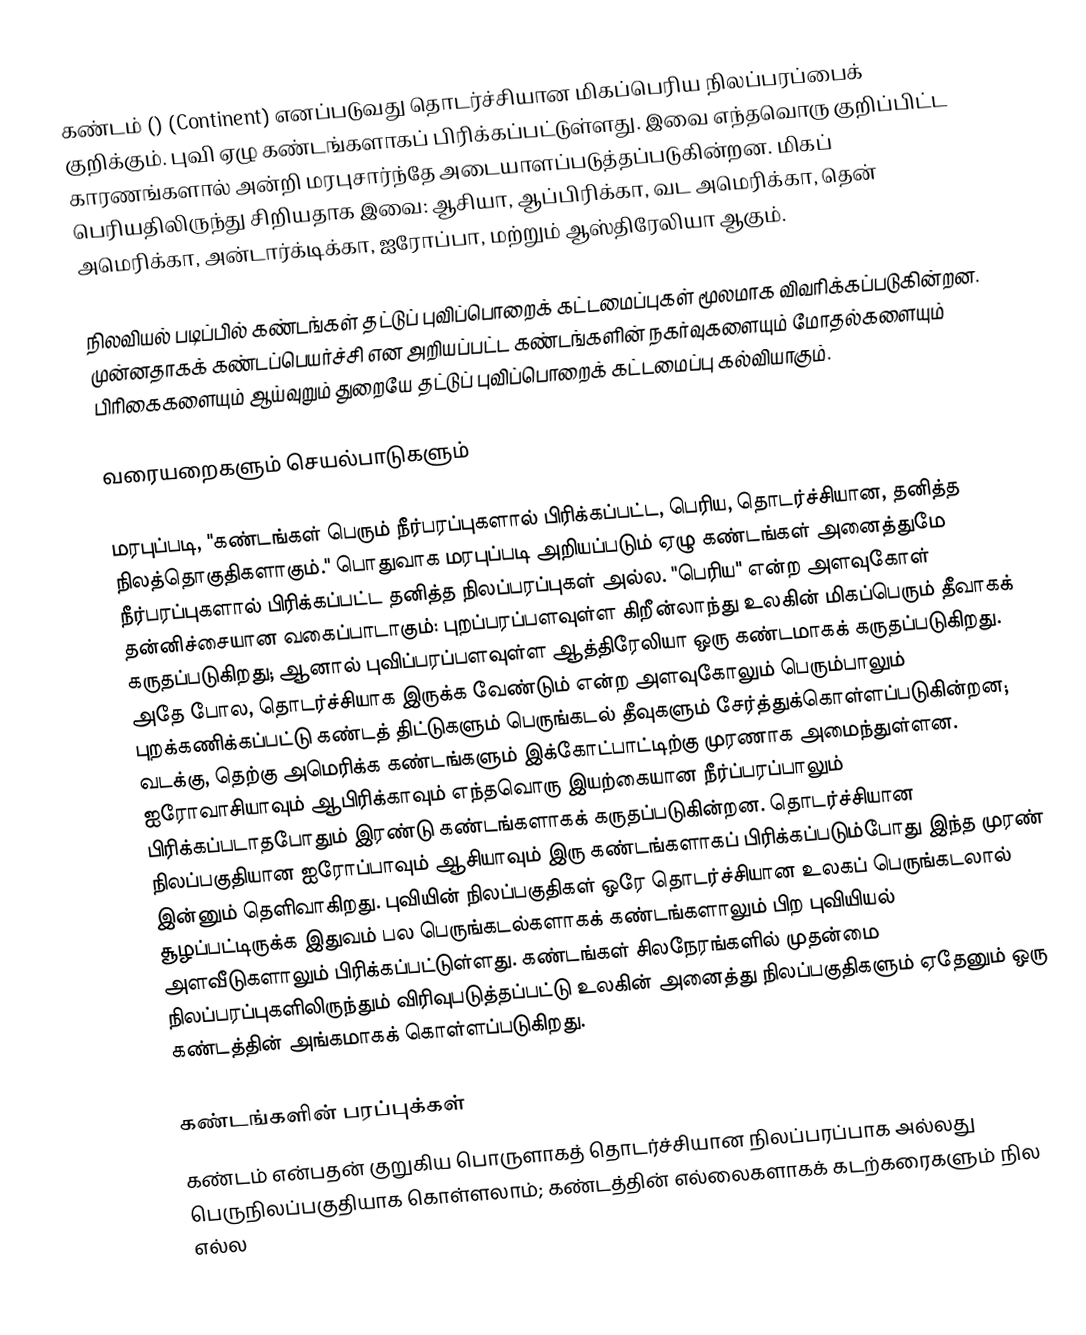
கண்டம்  () (Continent) எனப்படுவது தொடர்ச்சியான மிகப்பெரிய நிலப்பரப்பைக் குறிக்கும். புவி ஏழு கண்டங்களாகப் பிரிக்கப்பட்டுள்ளது. இவை எந்தவொரு குறிப்பிட்ட காரணங்களால் அன்றி மரபுசார்ந்தே அடையாளப்படுத்தப்படுகின்றன. மிகப் பெரியதிலிருந்து சிறியதாக இவை: ஆசியா, ஆப்பிரிக்கா, வட அமெரிக்கா, தென் அமெரிக்கா, அன்டார்க்டிக்கா, ஐரோப்பா, மற்றும் ஆஸ்திரேலியா  ஆகும்.

நிலவியல் படிப்பில் கண்டங்கள் தட்டுப் புவிப்பொறைக் கட்டமைப்புகள் மூலமாக விவரிக்கப்படுகின்றன. முன்னதாகக் கண்டப்பெயர்ச்சி என அறியப்பட்ட கண்டங்களின் நகர்வுகளையும் மோதல்களையும் பிரிகைகளையும் ஆய்வுறும் துறையே தட்டுப் புவிப்பொறைக் கட்டமைப்பு கல்வியாகும்.

வரையறைகளும் செயல்பாடுகளும்

மரபுப்படி, "கண்டங்கள் பெரும் நீர்பரப்புகளால் பிரிக்கப்பட்ட, பெரிய, தொடர்ச்சியான, தனித்த நிலத்தொகுதிகளாகும்."  பொதுவாக மரபுப்படி அறியப்படும் ஏழு கண்டங்கள் அனைத்துமே நீர்பரப்புகளால் பிரிக்கப்பட்ட தனித்த நிலப்பரப்புகள் அல்ல. "பெரிய" என்ற  அளவுகோள் தன்னிச்சையான வகைப்பாடாகும்:  புறப்பரப்பளவுள்ள கிறீன்லாந்து உலகின் மிகப்பெரும் தீவாகக் கருதப்படுகிறது; ஆனால்  புவிப்பரப்பளவுள்ள ஆத்திரேலியா ஒரு கண்டமாகக் கருதப்படுகிறது.  அதே போல, தொடர்ச்சியாக இருக்க வேண்டும் என்ற அளவுகோலும் பெரும்பாலும் புறக்கணிக்கப்பட்டு கண்டத் திட்டுகளும் பெருங்கடல் தீவுகளும் சேர்த்துக்கொள்ளப்படுகின்றன; வடக்கு, தெற்கு அமெரிக்க கண்டங்களும் இக்கோட்பாட்டிற்கு முரணாக அமைந்துள்ளன.  ஐரோவாசியாவும் ஆபிரிக்காவும் எந்தவொரு இயற்கையான நீர்ப்பரப்பாலும் பிரிக்கப்படாதபோதும் இரண்டு கண்டங்களாகக் கருதப்படுகின்றன.  தொடர்ச்சியான நிலப்பகுதியான ஐரோப்பாவும் ஆசியாவும் இரு கண்டங்களாகப் பிரிக்கப்படும்போது இந்த முரண் இன்னும் தெளிவாகிறது.  புவியின் நிலப்பகுதிகள் ஒரே தொடர்ச்சியான உலகப் பெருங்கடலால் சூழப்பட்டிருக்க இதுவம் பல பெருங்கடல்களாகக் கண்டங்களாலும் பிற புவியியல் அளவீடுகளாலும் பிரிக்கப்பட்டுள்ளது. கண்டங்கள் சிலநேரங்களில் முதன்மை நிலப்பரப்புகளிலிருந்தும் விரிவுபடுத்தப்பட்டு உலகின் அனைத்து நிலப்பகுதிகளும் ஏதேனும் ஒரு கண்டத்தின் அங்கமாகக் கொள்ளப்படுகிறது.

கண்டங்களின் பரப்புக்கள்
கண்டம் என்பதன் குறுகிய பொருளாகத் தொடர்ச்சியான நிலப்பரப்பாக அல்லது பெருநிலப்பகுதியாக கொள்ளலாம்; கண்டத்தின் எல்லைகளாகக் கடற்கரைகளும் நில எல்ல